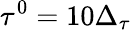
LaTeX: \tau^{0}=10\Delta_{\tau}